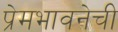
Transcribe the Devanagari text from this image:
प्रेमभावनेची